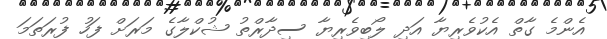
އެންމެ ގާތް އެކުވެރިޔާ އަދި ލޯބިވެރިޔާ ސިދާރްތު ޝުކްލާގެ މަރަށް ފަހު ފުރަތަމަ